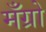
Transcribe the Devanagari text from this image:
मँग्रो